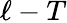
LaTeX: \ell-T